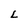
Character: L